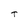
Character: T